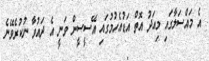
އެ މައްސަލާގައި މިއަދު އޮތް އަޑުއެހުމުގައި އޭސީސީން ވަނީ އެ ދައުވާ ނުކުރެވޭނެ